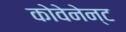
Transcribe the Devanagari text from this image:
कोवेनेन्ट